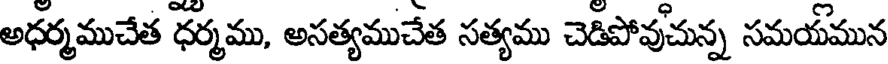
అధర్మముచేత ధర్మము, అసత్యముచేత సత్యము చెడిపోవుచున్న సమయమున